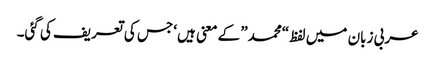
عربی زبان میں لفظ “محمد” کے معنی ہیں ‘جس کی تعریف کی گئی۔